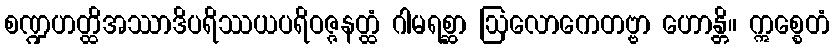
စဏ္ဍဟတ္ထိအဿာဒိပရိဿယပရိဝဇ္ဇနတ္ထံ ဂါမရစ္ဆာ ဩလောကေတဗ္ဗာ ဟောန္တိ။ ဣစ္စေတံ